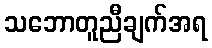
သဘောတူညီချက်အရ